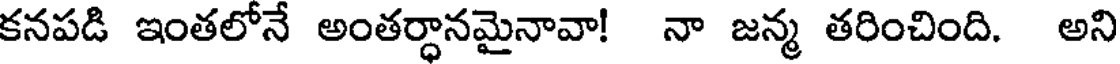
కనపడి ఇంతలోనే అంతర్ధానమైనావా! నా జన్మ తరించింది. అని